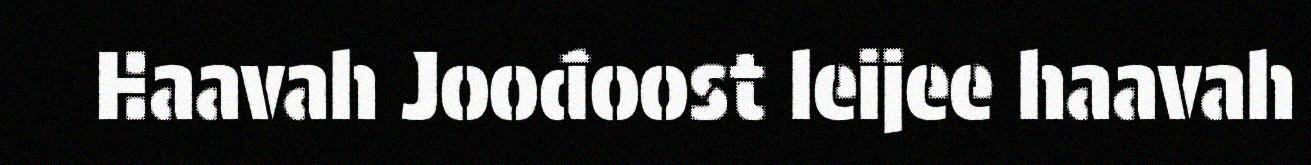
Haavah Joođoost leijee haavah